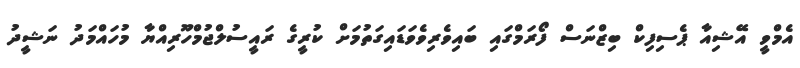
އެމްވީ އޭޝިއާ ޕެސިފިކް ބިޒްނަސް ފޯރަމްގައި ބައިވެރިވެވަޑައިގަތުމަށް ކުރީގެ ރައީސުލްޖުމްހޫރިއްޔާ މުހައްމަދު ނަޝީދު